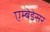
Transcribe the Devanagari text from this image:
एम्बेडेसर